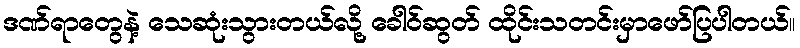
ဒဏ်ရာတွေနဲ့ သေဆုံးသွားတယ်လို့ ခေါဝ်ဆွတ် ထိုင်းသတင်းမှာဖော်ပြပါတယ်။